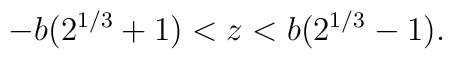
-b(2^{1/3}+1)<z<b(2^{1/3}-1).